Sketch of the medical history of the native army of Bombay, for the year
Year: 1876
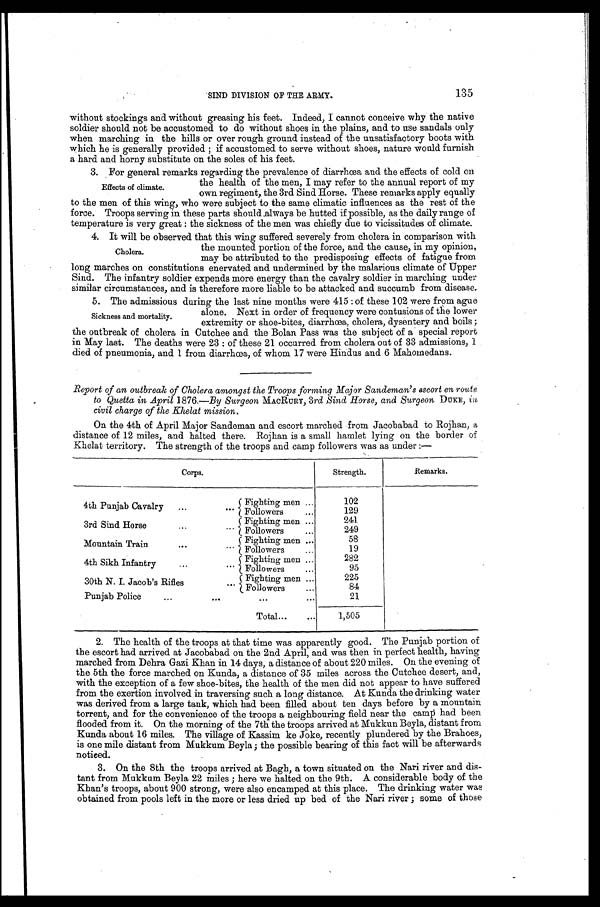
SIND DIVISION OF THE ARMY.
135
without stockings and without greasing his feet. Indeed, I cannot conceive why the native
soldier should not be accustomed to do without shoes in the plains, and to use sandals only
when marching in the hills or over rough ground instead of the unsatisfactory boots with
which he is generally provided ; if accustomed to serve without shoes, nature would furnish
a hard and horny substitute on the soles of his feet.
3. For general remarks regarding the prevalence of diarrhœa and the effects of cold on
Effects of climate.
the health of the men, I may refer to the annual report of my
own regiment, the 3rd Sind Horse. These remarks apply equally
to the men of this wing, who were subject to the same climatic influences as the rest of the
force. Troops serving in these parts should Always be hutted if possible, as the daily range of
temperature is very great : the sickness of the men was chiefly due to vicissitudes of climate.
4. It will be observed that this wing suffered severely from cholera in comparison with
the mounted portion of the force, and the cause, in my opinion,
may be attributed to the predisposing effects of fatigue from
long marches on constitutions enervated and undermined by the malarious climate of Upper
Sind. The infantry soldier expends more energy than the cavalry soldier in marching under
similar circumstances, and is therefore more liable to be attacked and succumb from disease.
5. The admissions during the last nine months were 415: of these 102 were from ague
alone. Next in order of frequency were contusions of the lower
extremity or shoe-bites, diarrhœa, cholera, dysentery and boils ;
the outbreak of cholera in Cutchee and the Bolan Pass was the subject of a special report
in May last. The deaths were 23 : of these 21 occurred from cholera out of 33 admissions, 1
died of pneumonia, and 1 from diarrhœa, of whom 17 were Hindus and 6 Mahomedans.
Report of an outbreak of Cholera amongst the Troops forming Major Sandeman's escort en route
to Quetta in April 1876.—By Surgeon MACRURY, 3rd Sind Horse, and Surgeon DUKE, in,
civil charge of the Khelat mission.
On the 4th of April Major Sandeman and escort marched from Jacobabad to Rojhan, a
distance of 12 miles, and halted there. Rojhan is a small hamlet lying on the border of
Khelat territory. The strength of the troops and camp followers was as under :—
•
Corps.
Strength.
Remarks.
4th Punjab Cavalry
...
Fighting men ...
102
Followers
...
129
3 r d S i n d H o r s e . . . . . . Fighting men ...
241
Followers
249
T n
rai
. .
.
Mountain Train
Fighting men ...
58
Followers
19
4th Sikh Infantry
...
. . .
Fighting men
...
282
Followers
...
95
30th N. I. Jacob's Rifles
Fighting men ...
225
Followers
84
Punjab Police
...
...
...
. . .
21
Total...
. . .
1,505
2. The health of the troops at that time was apparently good. The Punjab portion of
the escort had arrived at Jacobabad on the 2nd April, and was then in perfect health, having
marched from Dehra Gazi Khan in 14 days, a distance of about 220 miles. On the evening of
the 5th the force marched on Kunda, a distance of 35 miles across the Cutchee desert, and,
with the exception of a few shoe-bites, the health of the men did not appear to have suffered
from the exertion involved in traversing such a long distance. At Kunda the drinking water
was derived from a large tank, which had been filled about ten days before by a mountain
torrent, and for the convenience of the troops a neighbouring field near the camp had been
flooded from it. On the morning of the 7th the troops arrived at Mukkun Beyla, distant from
Kunda about 16 miles. The village of Kassim ke Joke, recently plundered by the Brahoes,
is one mile distant from Mukkum Beyla; the possible bearing of this fact will be afterwards
noticed.
3. On the 8th the troops arrived at Bagh, a town situated on the Nari river and dis-
tant from Mukkum Beyla 22 miles ; here we halted on the 9th. A considerable body of the
Khan's troops, about 900 strong, were also encamped at this place. The drinking water was
obtained from pools left in the more or less dried up bed of the Nari river ; some of those
Cholera.
Sickness and mortality.